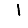
Digit: 1